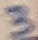
Text: 3